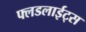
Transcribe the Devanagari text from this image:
फ्लडलाईट्स